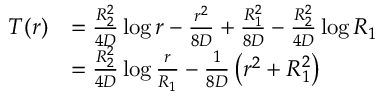
\begin{array} { r l } { T ( r ) } & { = \frac { R _ { 2 } ^ { 2 } } { 4 D } \log r - \frac { r ^ { 2 } } { 8 D } + \frac { R _ { 1 } ^ { 2 } } { 8 D } - \frac { R _ { 2 } ^ { 2 } } { 4 D } \log R _ { 1 } } \\ & { = \frac { R _ { 2 } ^ { 2 } } { 4 D } \log \frac { r } { R _ { 1 } } - \frac { 1 } { 8 D } \left( r ^ { 2 } + R _ { 1 } ^ { 2 } \right) } \end{array}